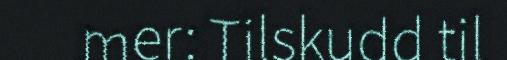
mer: Tilskudd til